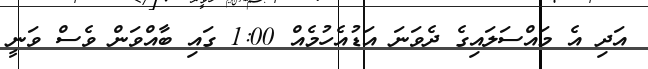
އަދި އެ މައްސަލައިގެ ދެވަނަ އަޑުއެހުމެއް 1:00 ގައި ބާއްވަން ވެސް ވަނީ